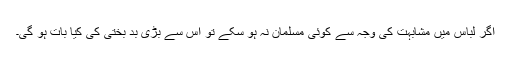
اگر لباس میں مشابہت کی وجہ سے کوئی مسلمان نہ ہو سکے تو اس سے بڑی بد بختی کی کیا بات ہو گی۔